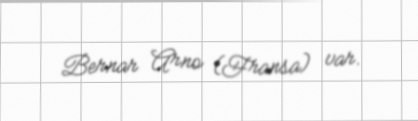
Bernar Arno (Fransa) var.